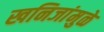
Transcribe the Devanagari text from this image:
खनिजांमुळे